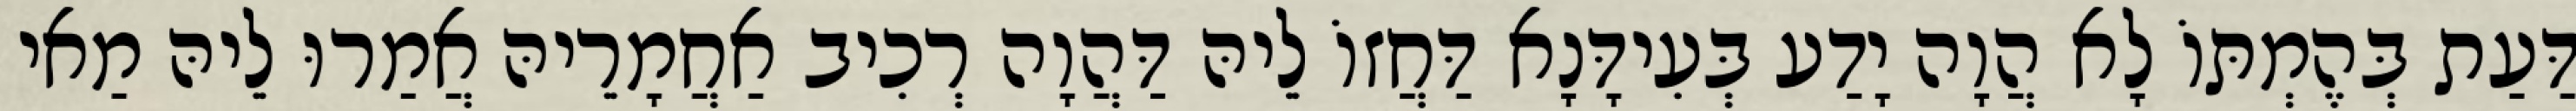
דַּעַת בְּהֶמְתּוֹ לָא הֲוָה יָדַע בְּעִידָּנָא דַּחֲזוֹ לֵיהּ דַּהֲוָה רְכִיב אַחֲמָרֵיהּ אֲמַרוּ לֵיהּ מַאי